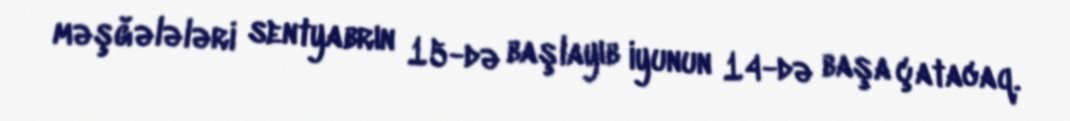
məşğələləri sentyabrın 15-də başlayıb iyunun 14-də başa çatacaq.